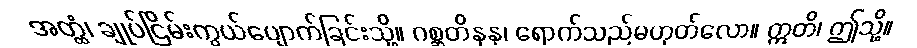
အတ္ထံ၊ ချုပ်ငြိမ်းကွယ်ပျောက်ခြင်းသို့။ ဂစ္ဆတိနနု၊ ရောက်သည်မဟုတ်လော။ ဣတိ၊ ဤသို့။